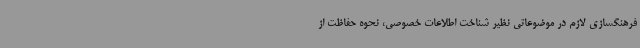
فرهنگسازی لازم در موضوعاتی نظیر شناخت اطلاعات خصوصی، نحوه حفاظت از